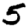
Digit: 5